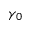
\gamma _ { 0 }